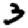
Digit: 3